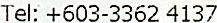
TEL: +603-3362 4137